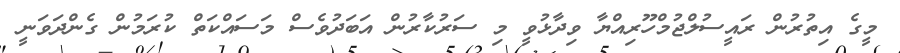
މީގެ އިތުރުން ރައީސުލްޖުމްހޫރިއްޔާ ވިދާޅުވީ މި ސަރުކާރުން އަބަދުވެސް މަސައްކަތް ކުރަމުން ގެންދަވަނީ